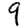
Digit: 9